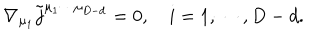
LaTeX: \nabla _ { \mu _ { 1 } } \tilde { j } ^ { \mu _ { 1 } \cdots \mu _ { D - d } } = 0 , \quad i = 1 , \cdots , D - d .